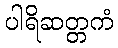
ပါရိဆတ္တကံ